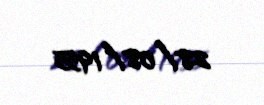
28/08/1955